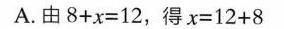
A.由8+x=12，得x=12+8